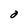
Character: O